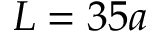
L = 3 5 a